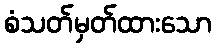
စံသတ်မှတ်ထားသော